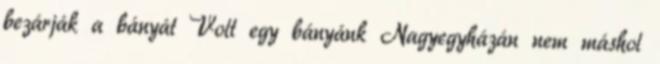
bezárják a bányát Volt egy bányánk Nagyegyházán nem máshol